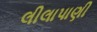
લીલાપાણી